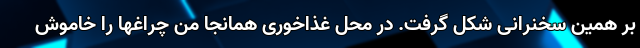
بر همین سخنرانی شکل گرفت. در محل غذاخوری همانجا من چراغها را خاموش